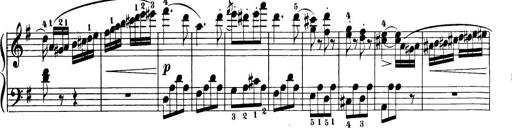
Title: 32 Sonatinas and Rondos for the Piano
Composer: Richard Kleinmichel